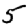
Digit: 5